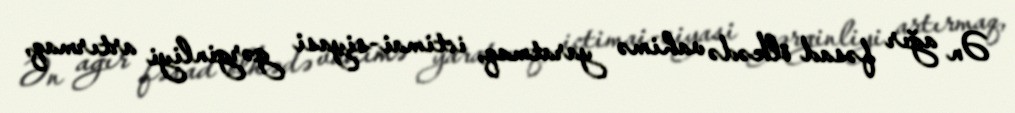
Ən ağır fəsad ölkədə vahimə yaratmaq, ictimai-siyasi gərginliyi artırmaq,